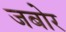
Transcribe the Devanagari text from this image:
जबोर